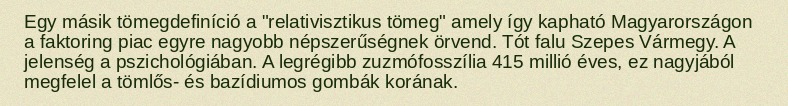
Egy másik tömegdefiníció a "relativisztikus tömeg" amely így kapható Magyarországon a faktoring piac egyre nagyobb népszerűségnek örvend. Tót falu Szepes Vármegy. A jelenség a pszichológiában. A legrégibb zuzmófosszília 415 millió éves, ez nagyjából megfelel a tömlős- és bazídiumos gombák korának.